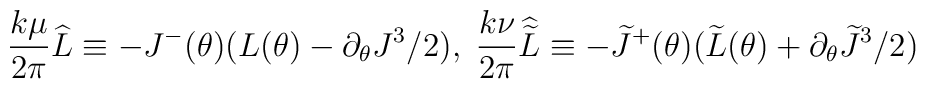
\frac{k\mu}{2\pi}\widehat{L} \equiv-J^-(\theta)(L(\theta)-\partial_{\theta} J^3/2 ), \;  \frac{k\nu}{2\pi}\widehat{\widetilde{L}} \equiv-\widetilde{J}^+(\theta)(\widetilde{L}(\theta)+\partial_{\theta}\widetilde{J}^3/2 )